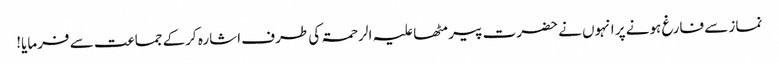
نماز سے فارغ ہونے پر انہوں نے حضرت پیر مٹھا علیہ الرحمۃ کی طرف اشارہ کرکے جماعت سے فرمایا!